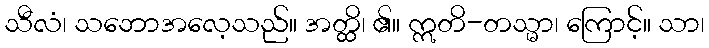
သီလံ၊ သဘောအလေ့သည်။ အတ္ထိ၊ ၏။ ဣတိ-တသ္မာ၊ ကြောင့်။ သာ၊